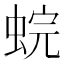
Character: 䖾